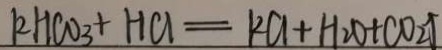
k H C O _ { 3 } + H C l = k C l + H _ { 2 } O + C O _ { 2 } \uparrow